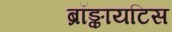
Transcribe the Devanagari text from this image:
ब्रॉङ्कायटिस